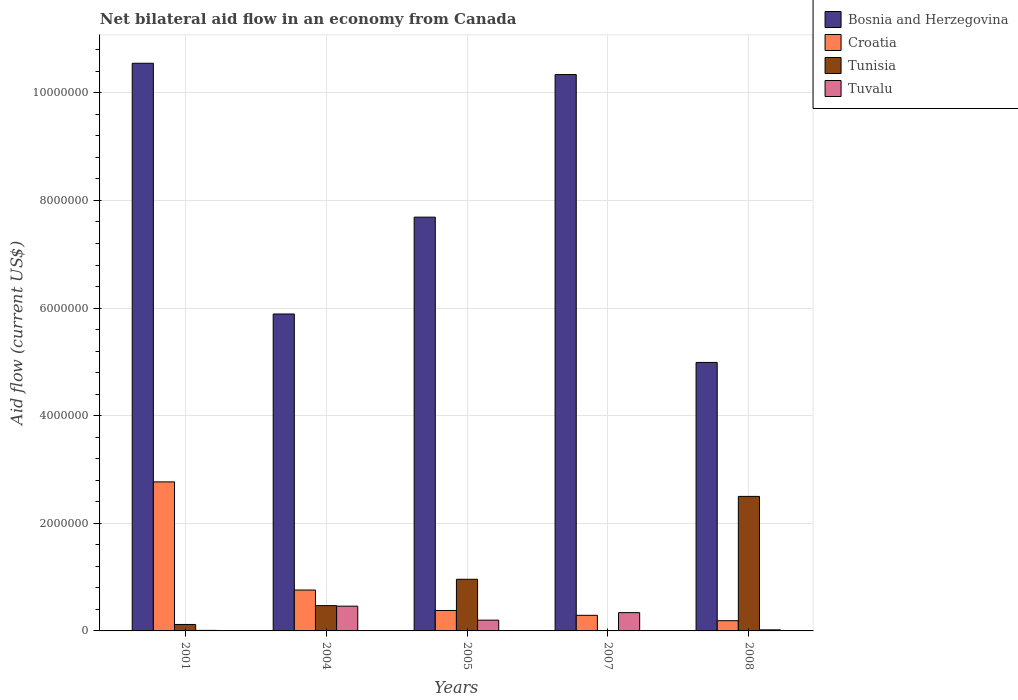
| Years | Bosnia and Herzegovina | Croatia | Tunisia | Tuvalu |
 | --- | --- | --- | --- | --- |
 | 2001 | 1.06e+07 | 2.77e+06 | 1.2e+05 | 1e+04 |
 | 2004 | 5.89e+06 | 7.6e+05 | 4.7e+05 | 4.6e+05 |
 | 2005 | 7.69e+06 | 3.8e+05 | 9.6e+05 | 2e+05 |
 | 2007 | 1.03e+07 | 2.9e+05 | -8.4e+05 | 3.4e+05 |
 | 2008 | 4.99e+06 | 1.9e+05 | 2.5e+06 | 2e+04 |